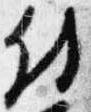
付